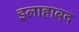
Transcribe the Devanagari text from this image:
इलाहाबद